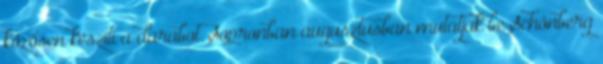
közösen készíti a darabot. Sopronban augusztusban mutatják be Schönberg